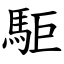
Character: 駏